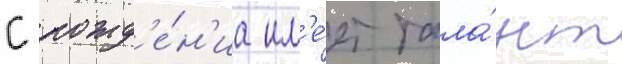
С рожд'е́н'иа им'е́ет тала́нт